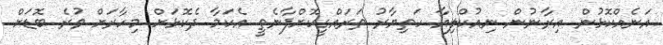
އަނެއްކޮޅުން އިރާނުން ނިއުކްލިއާ ހަތިޔާރު ތަރައްގީކޮށްފާނެތީ އެކަމާ ދެކޮޅަށް މިހާރަށް ވުރެ ބޮޑަށް